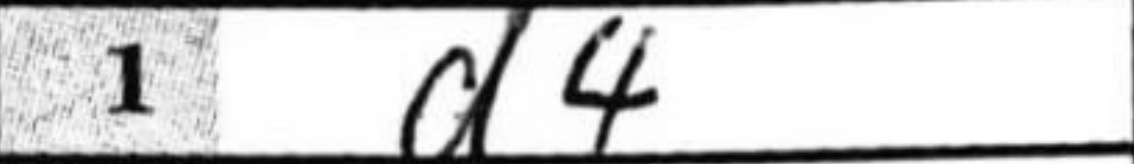
Transcription: d4